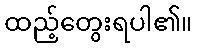
ထည့်တွေးရပါ၏။